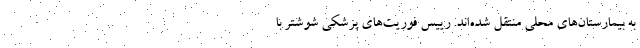
به بیمارستان‌های محلی منتقل شده‌اند. رییس فوریت‌های پزشکی شوشتر با